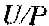
U/P